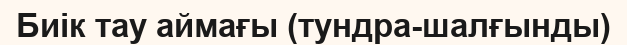
Биік тау аймағы (тундра-шалғынды)